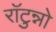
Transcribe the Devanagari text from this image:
राॅटुन्नो